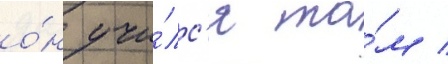
о́н учи́лс'я та́м /